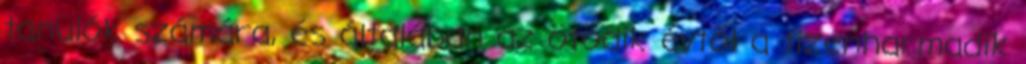
tanulók számára, és általában az ötödik évtől a tizenharmadik